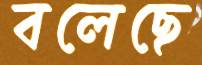
বলেছে